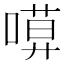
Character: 𠻶